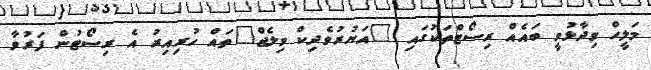
މަލީހް ވިދާޅުވީ ބައެއް ރިސޯޓްތަކުގައި "އަޔުރުވެދިކް ވިލެޖް"ތައް ހުރިއިރު އެ ރިސޯޓުން ފަރުވާ